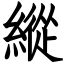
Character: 縱